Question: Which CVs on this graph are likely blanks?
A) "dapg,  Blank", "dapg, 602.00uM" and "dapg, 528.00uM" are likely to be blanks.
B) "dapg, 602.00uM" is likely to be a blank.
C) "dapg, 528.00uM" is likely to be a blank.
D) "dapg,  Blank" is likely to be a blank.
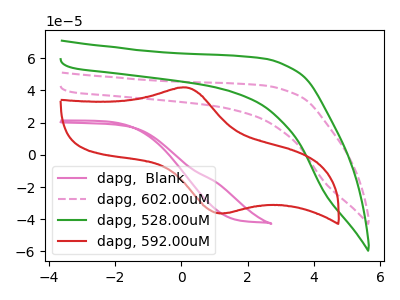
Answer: <think>The pink curve "dapg,  Blank" has no peaks. The pink dashed curve "dapg, 602.00uM" has no peaks. The green curve "dapg, 528.00uM" has no peaks. The red curve "dapg, 592.00uM" has an anodic peak at (0.10V, 41.85uA) and a cathodic peak at (1.30V, -36.25uA).</think>
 <answer>A) "dapg,  Blank", "dapg, 602.00uM" and "dapg, 528.00uM" are likely to be blanks.</answer>
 <eval>A</eval>